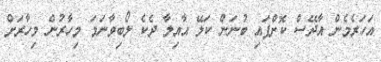
އަހަރެމެން އާދޭސް ކޮށްފައި ބުނަން ކަލޭ އާއިލާ ދެކެ ލޯބިވާނަމަ މިހާރުން މިހާރަށް